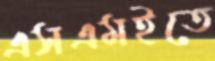
এসএমইতে